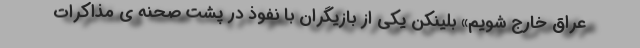
عراق خارج شویم» بلینکن یکی از بازیگران با نفوذ در پشت صحنه ی مذاکرات